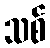
သစ်